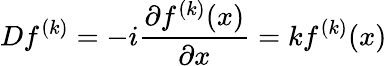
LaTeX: Df^{(k)}=-i\frac{\partial f^{(k)}(x)}{\partial x}=kf^{(k)}(x)